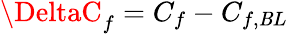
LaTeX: \DeltaC_{f}=C_{f}-C_{f,\mathit{B}L}